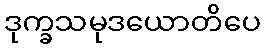
ဒုက္ခသမုဒယောတိပေ